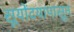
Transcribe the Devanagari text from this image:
सूयोंदयापासून